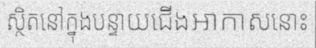
ស្ថិតនៅក្នុងបន្ទាយជើងអាកាសនោះ